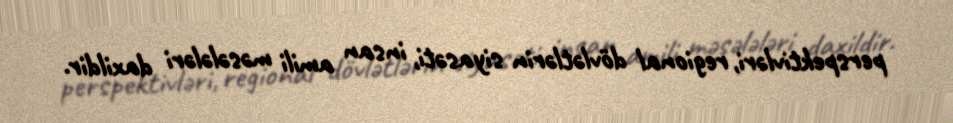
perspektivləri, regional dövlətlərin siyasəti, insan amili məsələləri daxildir.